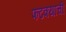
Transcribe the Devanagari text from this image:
फटक्याची